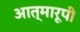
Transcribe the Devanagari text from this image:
आत्मारूपी